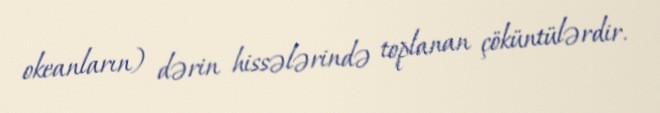
okeanların) dərin hissələrində toplanan çöküntülərdir.